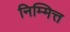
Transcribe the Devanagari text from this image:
निम्मित्त